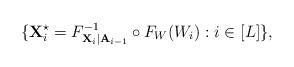
LaTeX: \begin{align*}\{ {\bf X}_i^{\star} = F_{ {\bf X}_i | {\bf A}_{i-1} }^{-1} \circ F_{W}(W_i): i \in[L] \},\end{align*}